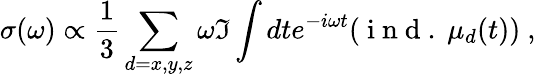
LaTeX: \sigma(\omega)\propto\frac{1}{3}\sum_{d=x,y,z}\omega\Im\int dte^{-i\omega t}(\mathrm{~i~n~d~.~}\mu_{d}(t))~,